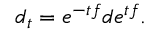
d _ { t } = e ^ { - t f } d e ^ { t f } .